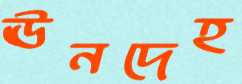
ঊনদেহ